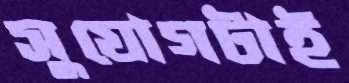
সুযোগটাই